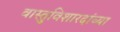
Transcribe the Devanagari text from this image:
वास्तुविशारदांच्या